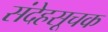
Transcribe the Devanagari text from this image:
संदेहसूचक